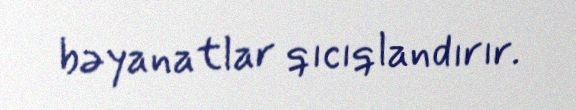
bəyanatlar qıcıqlandırır.